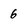
Character: 6